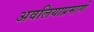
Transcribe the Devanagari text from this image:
अवलियाप्रमाणे